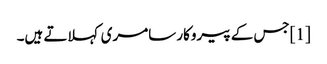
[1]جس کے پیروکار سامری کہلاتے ہیں۔